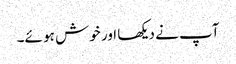
آپ نے دیکھا اور خوش ہو ئے۔